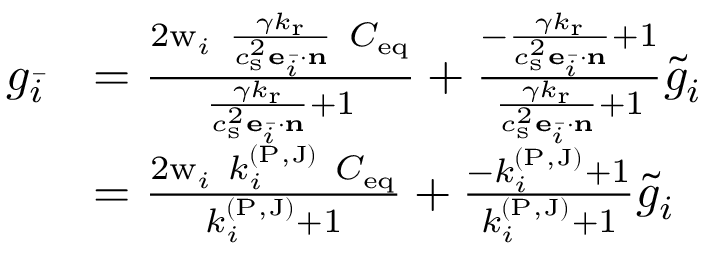
\begin{array} { r l } { g _ { \bar { i } } } & { = \frac { 2 \mathrm { w } _ { i } \ \frac { \gamma k _ { \mathrm { r } } } { c _ { \mathrm { s } } ^ { 2 } \mathbf { e } _ { \bar { i } } \cdot \mathbf { n } } \ C _ { \mathrm { e q } } } { \frac { \gamma k _ { \mathrm { r } } } { c _ { \mathrm { s } } ^ { 2 } \mathbf { e } _ { \bar { i } } \cdot \mathbf { n } } + 1 } + \frac { - \frac { \gamma k _ { \mathrm { r } } } { c _ { \mathrm { s } } ^ { 2 } \mathbf { e } _ { \bar { i } } \cdot \mathbf { n } } + 1 } { \frac { \gamma k _ { \mathrm { r } } } { c _ { \mathrm { s } } ^ { 2 } \mathbf { e } _ { \bar { i } } \cdot \mathbf { n } } + 1 } \tilde { g } _ { i } } \\ & { = \frac { 2 \mathrm { w } _ { i } \ k _ { i } ^ { ( \mathrm { P , J } ) } \ C _ { \mathrm { e q } } } { k _ { i } ^ { ( \mathrm { P , J } ) } + 1 } + \frac { - k _ { i } ^ { ( \mathrm { P , J } ) } + 1 } { k _ { i } ^ { ( \mathrm { P , J } ) } + 1 } \tilde { g } _ { i } } \end{array}